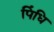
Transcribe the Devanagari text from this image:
पिंधि